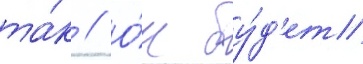
та́к // О́н бу́д'ет